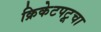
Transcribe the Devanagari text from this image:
क्रिकेटपटूचा